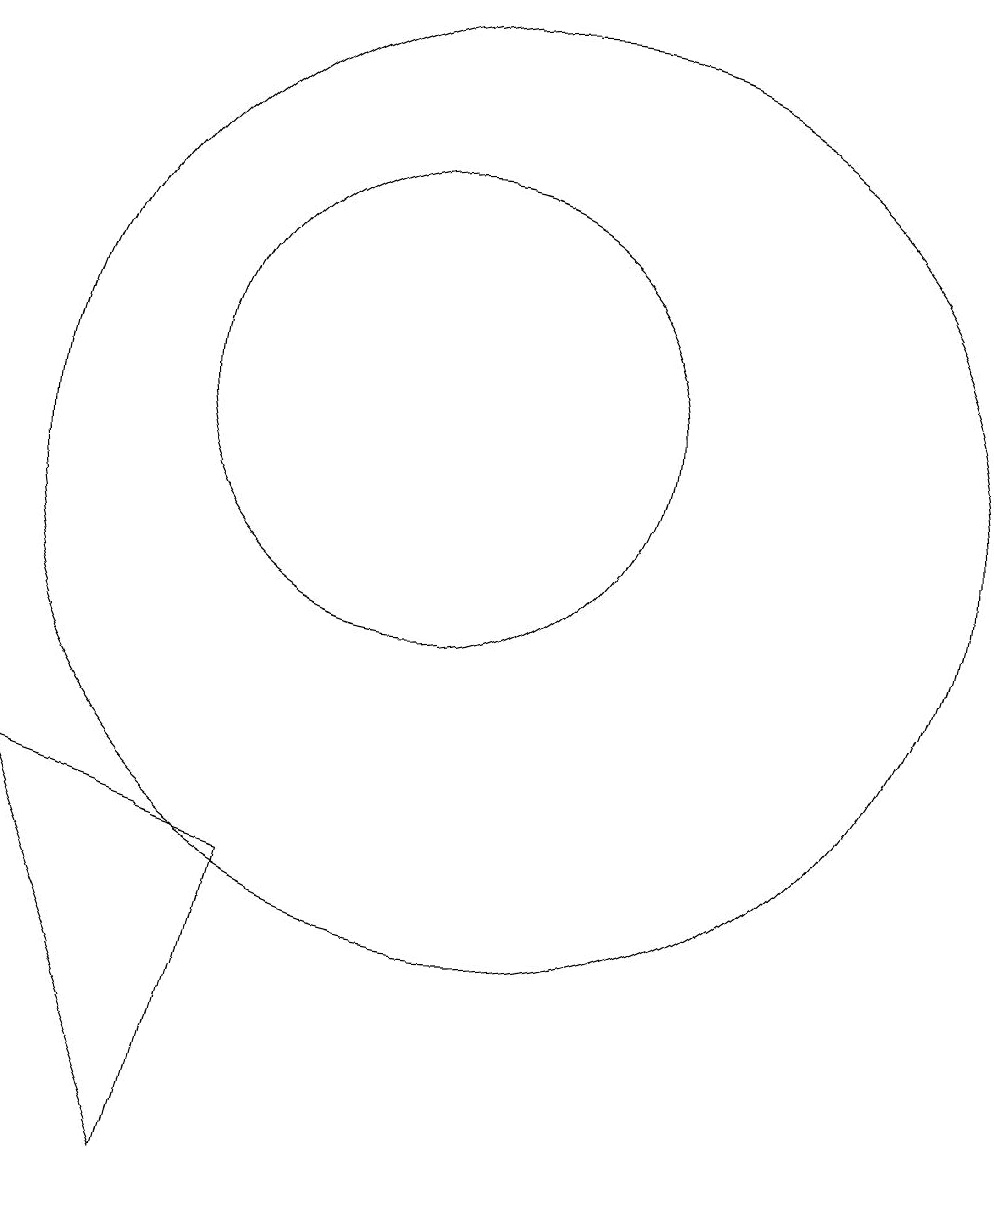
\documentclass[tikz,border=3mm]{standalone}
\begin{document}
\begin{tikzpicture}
\draw (11,11) circle (3);
\draw (6,6) -- (8,1) -- (9,5) -- cycle;
\draw (10,11) circle (0);
\draw (12,10) circle (6);
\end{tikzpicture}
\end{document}